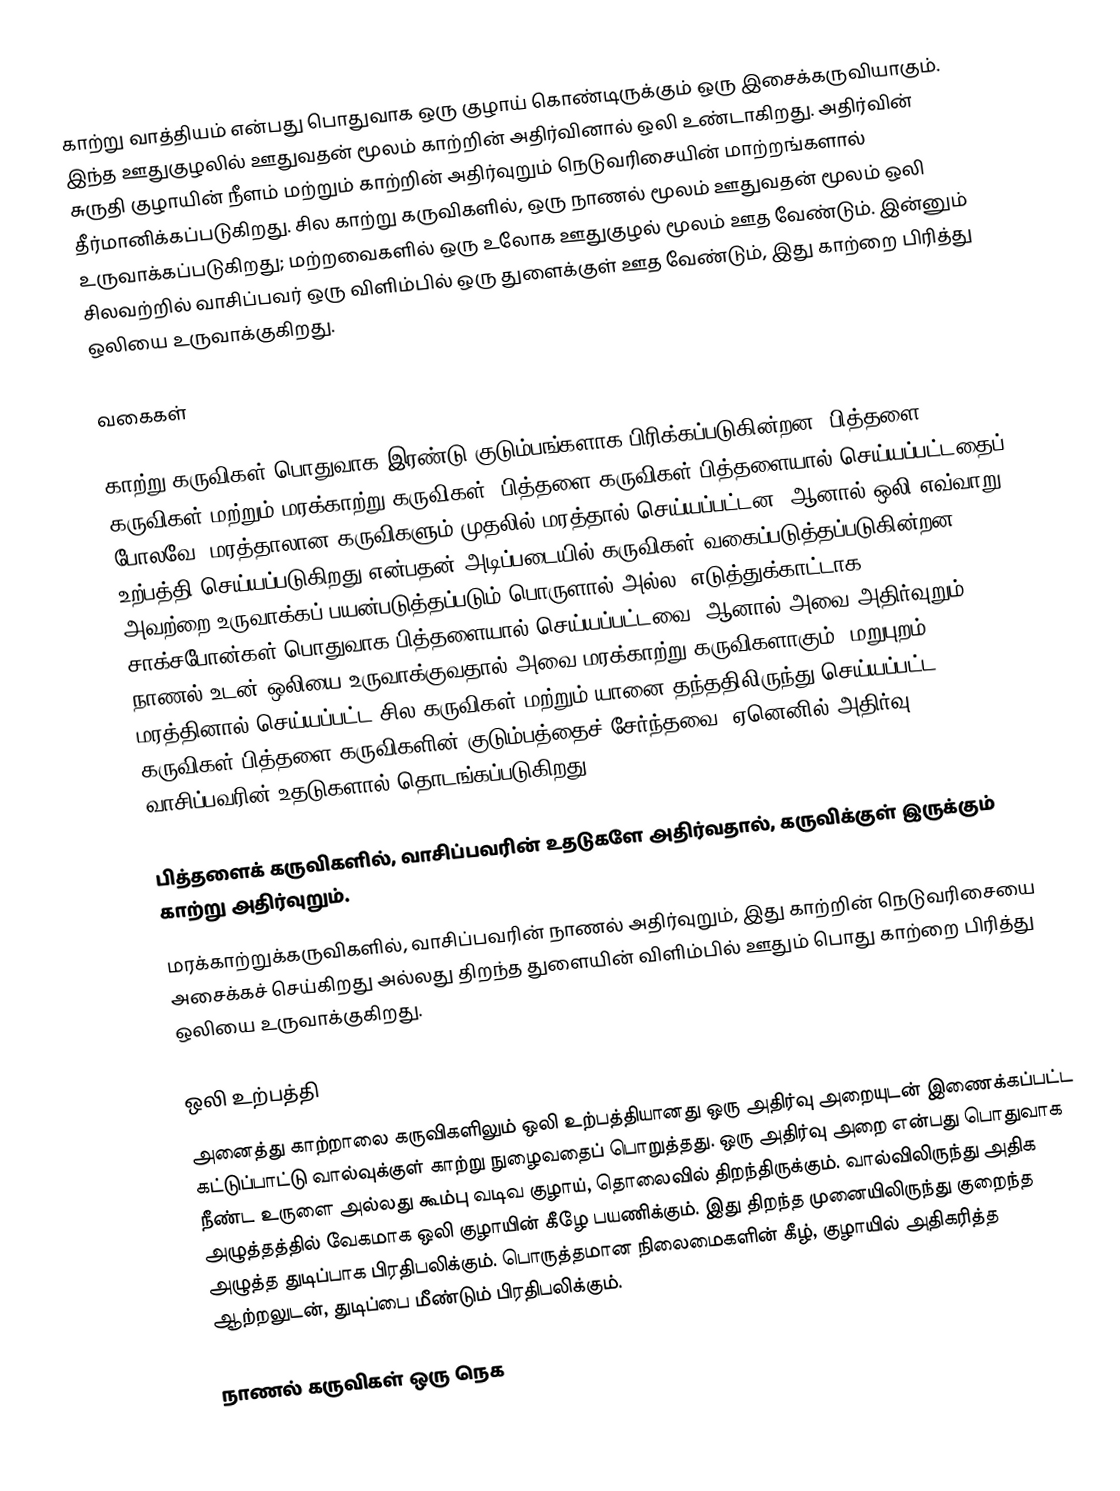
காற்று வாத்தியம் என்பது பொதுவாக ஒரு குழாய் கொண்டிருக்கும் ஒரு இசைக்கருவியாகும். இந்த  ஊதுகுழலில் ஊதுவதன் மூலம் காற்றின் அதிர்வினால் ஒலி உண்டாகிறது. அதிர்வின் சுருதி குழாயின் நீளம் மற்றும் காற்றின் அதிர்வுறும் நெடுவரிசையின் மாற்றங்களால் தீர்மானிக்கப்படுகிறது. சில காற்று கருவிகளில், ஒரு நாணல் மூலம் ஊதுவதன் மூலம் ஒலி உருவாக்கப்படுகிறது; மற்றவைகளில் ஒரு உலோக ஊதுகுழல் மூலம் ஊத வேண்டும். இன்னும் சிலவற்றில் வாசிப்பவர் ஒரு விளிம்பில் ஒரு துளைக்குள் ஊத வேண்டும், இது காற்றை பிரித்து ஒலியை உருவாக்குகிறது.

வகைகள்

காற்று கருவிகள் பொதுவாக இரண்டு குடும்பங்களாக பிரிக்கப்படுகின்றன: பித்தளை கருவிகள் மற்றும் மரக்காற்று கருவிகள். பித்தளை கருவிகள் பித்தளையால் செய்யப்பட்டதைப் போலவே, மரத்தாலான கருவிகளும் முதலில் மரத்தால் செய்யப்பட்டன, ஆனால் ஒலி எவ்வாறு உற்பத்தி செய்யப்படுகிறது என்பதன் அடிப்படையில் கருவிகள் வகைப்படுத்தப்படுகின்றன, அவற்றை உருவாக்கப் பயன்படுத்தப்படும் பொருளால் அல்ல. எடுத்துக்காட்டாக, சாக்சபோன்கள் பொதுவாக பித்தளையால் செய்யப்பட்டவை, ஆனால் அவை அதிர்வுறும் நாணல் உடன் ஒலியை உருவாக்குவதால் அவை மரக்காற்று கருவிகளாகும். மறுபுறம், மரத்தினால் செய்யப்பட்ட சில கருவிகள் மற்றும் யானை தந்ததிலிருந்து செய்யப்பட்ட கருவிகள் பித்தளை கருவிகளின் குடும்பத்தைச் சேர்ந்தவை, ஏனெனில் அதிர்வு வாசிப்பவரின் உதடுகளால் தொடங்கப்படுகிறது.

 பித்தளைக் கருவிகளில், வாசிப்பவரின் உதடுகளே அதிர்வதால், கருவிக்குள் இருக்கும் காற்று அதிர்வுறும்.
 மரக்காற்றுக்கருவிகளில், வாசிப்பவரின் நாணல் அதிர்வுறும், இது காற்றின் நெடுவரிசையை அசைக்கச் செய்கிறது அல்லது திறந்த துளையின் விளிம்பில் ஊதும் பொது காற்றை பிரித்து ஒலியை உருவாக்குகிறது.

ஒலி உற்பத்தி
அனைத்து காற்றாலை கருவிகளிலும் ஒலி உற்பத்தியானது ஒரு அதிர்வு அறையுடன் இணைக்கப்பட்ட கட்டுப்பாட்டு வால்வுக்குள் காற்று நுழைவதைப் பொறுத்தது. ஒரு அதிர்வு அறை என்பது பொதுவாக நீண்ட உருளை அல்லது கூம்பு வடிவ குழாய், தொலைவில் திறந்திருக்கும். வால்விலிருந்து அதிக அழுத்தத்தில் வேகமாக ஒலி குழாயின் கீழே பயணிக்கும். இது திறந்த முனையிலிருந்து குறைந்த அழுத்த துடிப்பாக பிரதிபலிக்கும். பொருத்தமான நிலைமைகளின் கீழ், குழாயில் அதிகரித்த ஆற்றலுடன், துடிப்பை மீண்டும் பிரதிபலிக்கும்.

நாணல் கருவிகள் ஒரு நெக